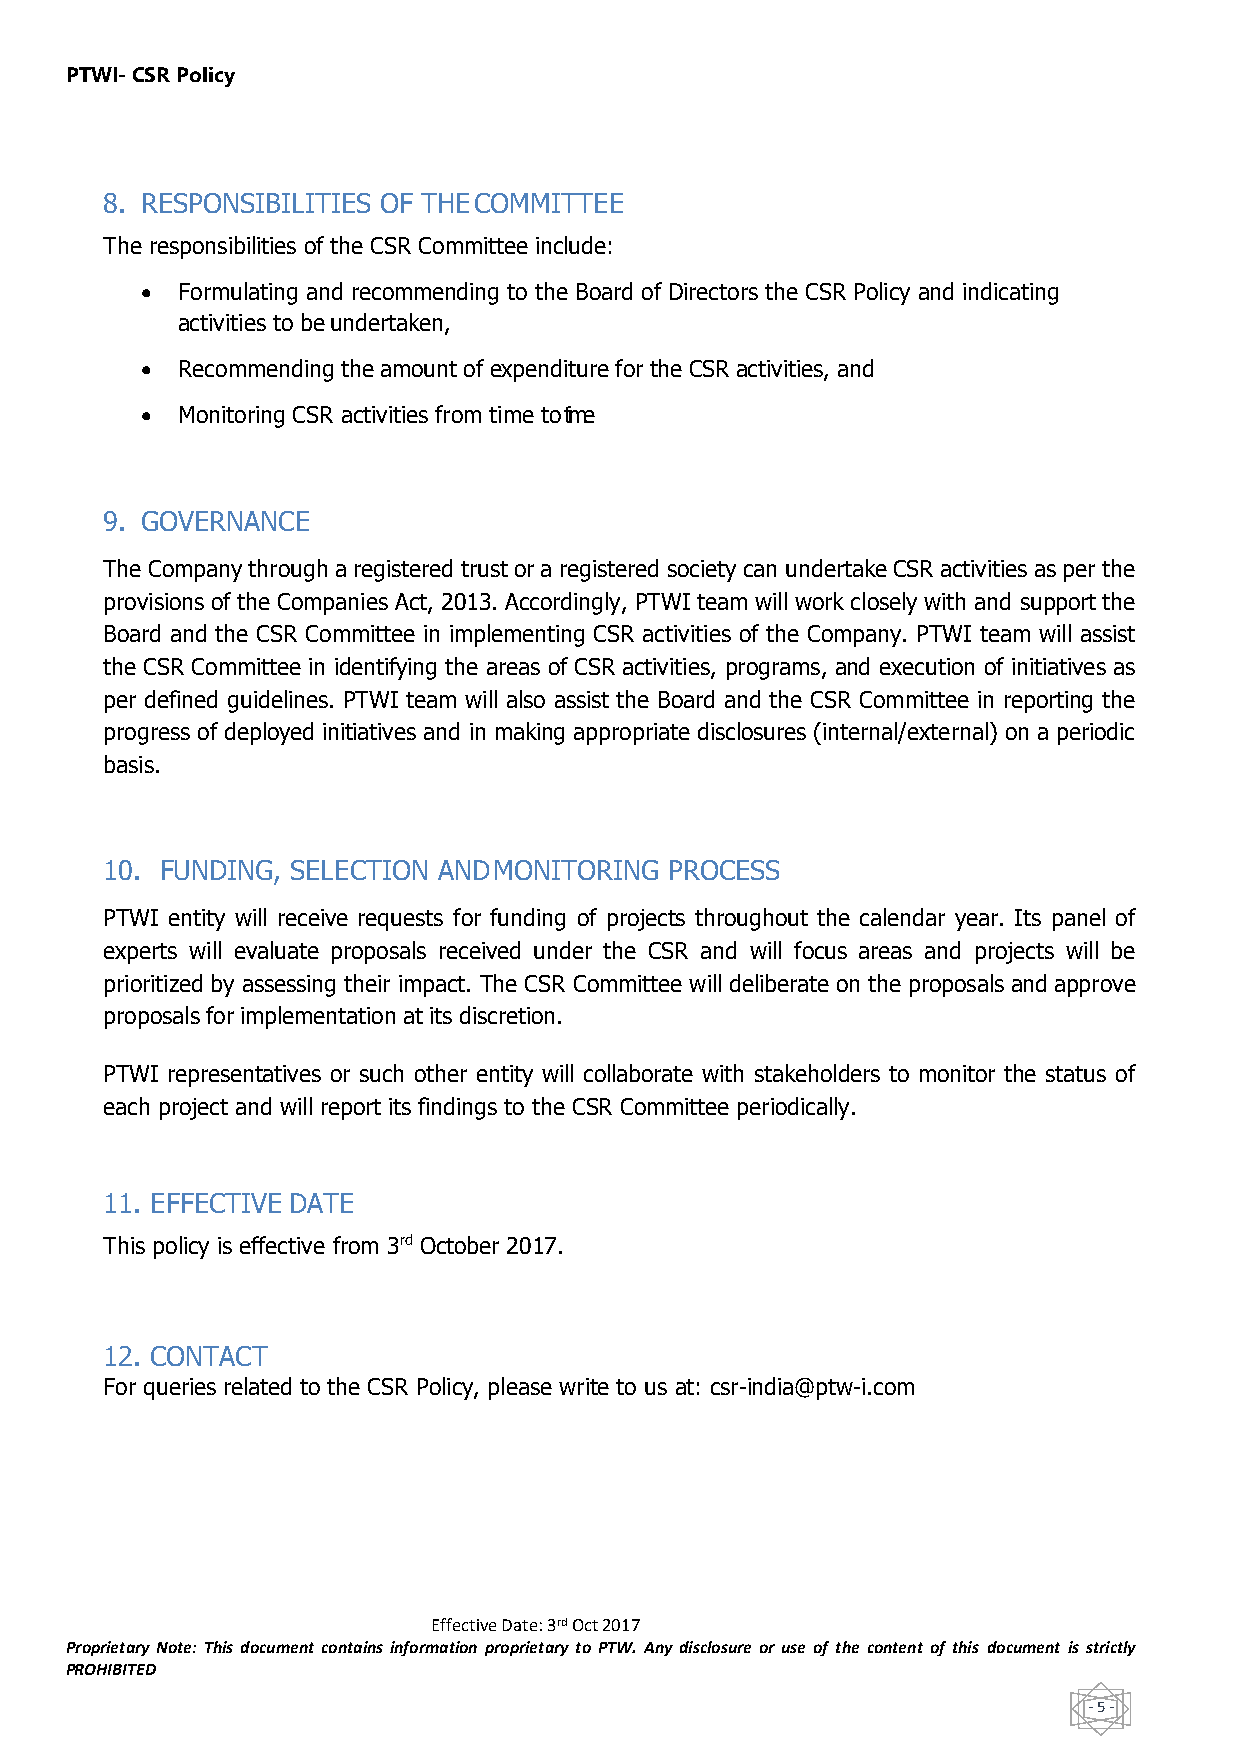
PTWI- CSR Policy
 8. RESPONSIBILITIES OF THE COMMITTEE
 The responsibilities of the CSR Committee include:
 •  Formulating and recommending to the Board of Directors the CSR Policy and indicating
 activities to be undertaken,
 •  Recommending the amount of expenditure for the CSR activities, and
 •  Monitoring CSR activities from time to time
 9. GOVERNANCE
 The Company through a registered trust or a registered society can undertake CSR activities as per the
 provisions of the Companies Act, 2013. Accordingly, PTWI team will work closely with and support the
 Board and the CSR Committee in implementing CSR activities of the Company. PTWI team will assist
 the CSR Committee in identifying the areas of CSR activities, programs, and execution of initiatives as
 per defined guidelines. PTWI team will also assist the Board and the CSR Committee in reporting the
 progress of deployed initiatives and in making appropriate disclosures (internal/external) on a periodic
 basis.
 10. FUNDING, SELECTION AND MONITORING PROCESS
 PTWI entity will receive requests for funding of projects throughout the calendar year. Its panel of
 experts will evaluate proposals received under the CSR and will focus areas and projects will be
 prioritized by assessing their impact. The CSR Committee will deliberate on the proposals and approve
 proposals for implementation at its discretion.
 PTWI representatives or such other entity will collaborate with stakeholders to monitor the status of
 each project and will report its findings to the CSR Committee periodically.
 11. EFFECTIVE DATE
 This policy is effective from 3rd October 2017.
 12. CONTACT
 For queries related to the CSR Policy, please write to us at: csr-india@ptw-i.com
 Effective Date: 3rd Oct 2017
 Proprietary Note: This document contains information proprietary to PTW. Any disclosure or use of the content of this document is strictly
 PROHIBITED
 - 5 -